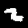
Label: 2